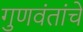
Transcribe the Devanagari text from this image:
गुणवंतांचे